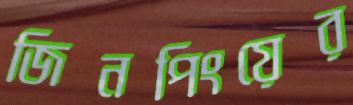
জিনপিংয়ের